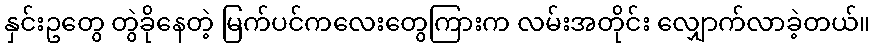
နှင်းဥတွေ တွဲခိုနေတဲ့ မြက်ပင်ကလေးတွေကြားက လမ်းအတိုင်း လျှောက်လာခဲ့တယ်။